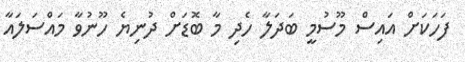
ފަހަކަށް އައިސް މޫސުމީ ބަދަލާ ހެދި މާ ބޮޑަށް ދުނިޔެ ހޫނުވާ މައްސަލައާ